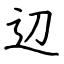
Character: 辺